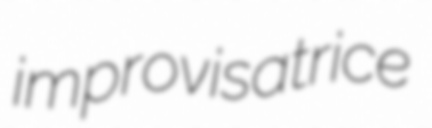
improvisatrice